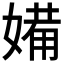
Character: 𱙡